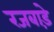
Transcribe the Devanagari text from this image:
रजबाड़े